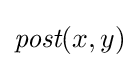
{\textit {post}}(x,y)